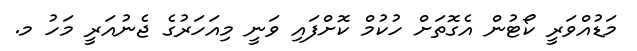
މަޑުއްވަރީ ކޯޓުން އެގޮތަށް ހުކުމް ކޮށްފައި ވަނީ މިއަހަރުގެ ޖެނުއަރީ މަހު މ.